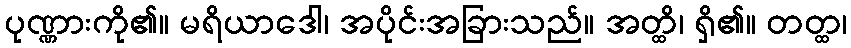
ပုဏ္ဏားကို၏။ မရိယာဒေါ၊ အပိုင်းအခြားသည်။ အတ္ထိ၊ ရှိ၏။ တတ္ထ၊